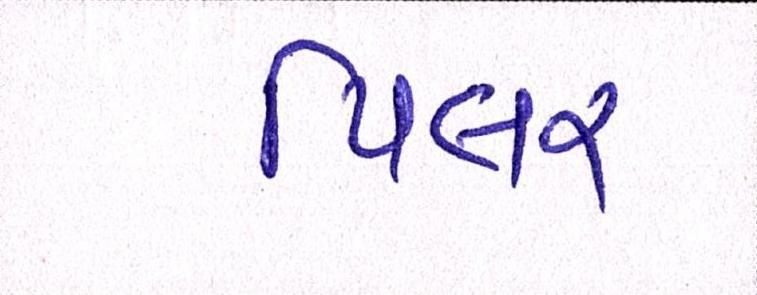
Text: પિલર